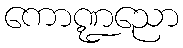
ကောဏ္ဍညော